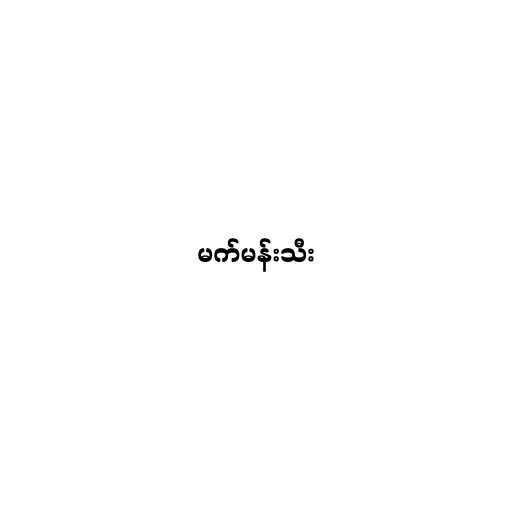
မက်မန်းသီး